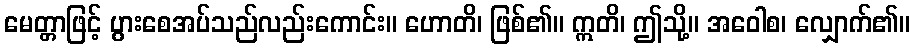
မေတ္တာဖြင့် ပွားစေအပ်သည်လည်းကောင်း။ ဟောတိ၊ ဖြစ်၏။ ဣတိ၊ ဤသို့။ အဝေါစ၊ လျှောက်၏။